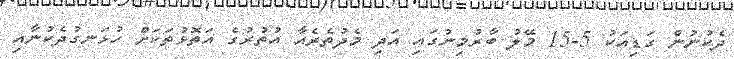
ދެކުނުން ގަޑިއަކު 5-15 މޭލު ބާރުމިނުގައި އަދި މެދުތެރެއާ އުތުރުގެ އަތޮޅުތަކަށް ހުޅަނގުދެކުނާއި